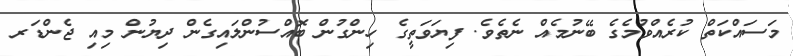
މަސައްކަތް ކުރެއްވުމެގެ ބޭނުމެއް ނެތެވެ. ފިޔަވަތީގެ ހިންގުން ބޮއްސުންލައިގެން ދިޔުން މިއި ޖެންޑަރ